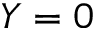
Y = 0